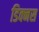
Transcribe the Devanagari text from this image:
डिक्नस